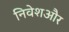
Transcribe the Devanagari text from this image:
निवेशऔर